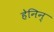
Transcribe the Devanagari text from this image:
हेनिन्